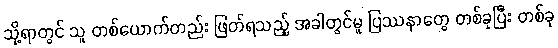
သို့ရာတွင် သူ တစ်ယောက်တည်း ဖြတ်ရသည့် အခါတွင်မူ ပြဿနာတွေ တစ်ခုပြီး တစ်ခု